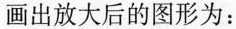
画出放大后的图形为：